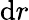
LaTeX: {\mathrm{d}}r